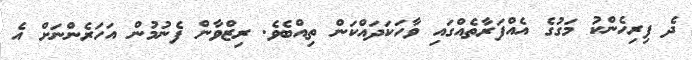
ދެ ފިރިހެންކު މަގުގެ އެއްފަރާތެއްގައި ވާހަކަދައްކަން ތިއްބެވެ. ރިޒްވާން ފެނުމުން އަހަރެންނަށް އެ